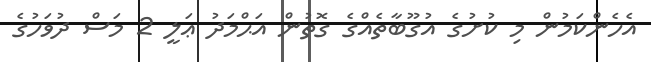
އެހެންކަމުން މި ކުށުގެ އުގޫބާތެއްގެ ގޮތުން އަޙްމަދު ޢަލީ 2 މަސް ދުވަހުގެ